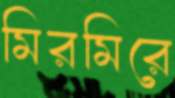
মিরমিরে